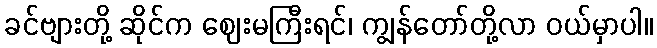
ခင်ဗျားတို့ ဆိုင်က ဈေးမကြီးရင်၊ ကျွန်တော်တို့လာ ဝယ်မှာပါ။